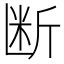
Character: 断